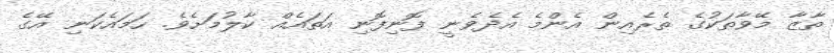
ތާޒާ މޭވާތަކުގެ ތެރެއިން އެންމެ އެދެވެނީ ފޮނިފޮނި އަތައެއް ކާލުމަށެވެ. ހަމައެކަނި އޭގެ